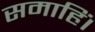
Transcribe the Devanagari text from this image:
समाहिं।